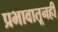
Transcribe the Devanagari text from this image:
प्रभावातूनही